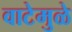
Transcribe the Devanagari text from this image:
वाटेमुळे